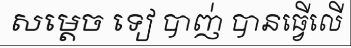
សម្តេច ទៀ បាញ់ បានធ្វើលើ